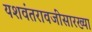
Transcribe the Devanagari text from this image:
यशवंतरावजींसारख्या